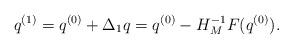
LaTeX: \begin{align*}q^{(1)}=q^{(0)}+\Delta_1q=q^{(0)}-H_M^{-1}{F}(q^{(0)}).\end{align*}